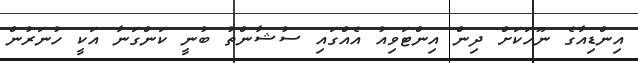
އިންޑިއާގެ ނޫހަކަށް ދިން އިންޓަވިއު އެއްގައި ސުޝާންތު ބުނީ ކަންގަނާ އަކީ ހުނަރުން